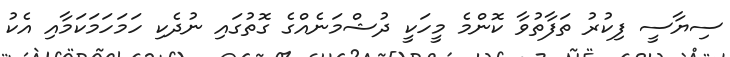
ސިޔާސީ ފިކުރު ތަފާތުވާ ކޮންމެ މީހަކީ ދުޝްމަނެއްގެ ގޮތުގައި ނުދެކި ހަމަހަމަކަމާއި އެކު